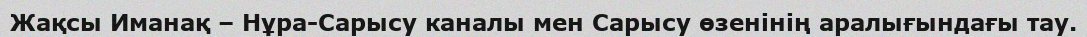
Жақсы Иманақ – Нұра-Сарысу каналы мен Сарысу өзенінің аралығындағы тау.